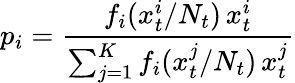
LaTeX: p_{i}=\frac{f_{i}(x_{t}^{i}/N_{t})\, x_{t}^{i}}{\sum_{j=1}^{K}f_{i}(x_{t}^{j}/N_{t})\, x_{t}^{j}}